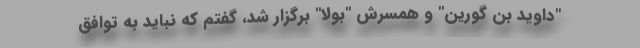
"داوید بن گورین" و همسرش "بولا" برگزار شد، گفتم که نباید به توافق